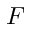
F